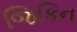
જિકિન